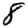
Digit: 8